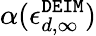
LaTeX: \alpha(\epsilon_{d,\infty}^{\tt DEIM})